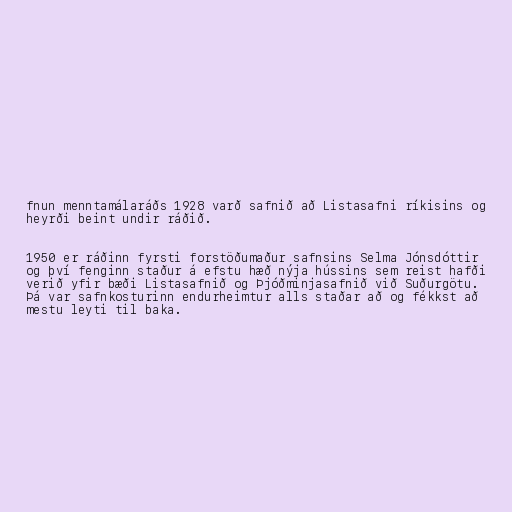
fnun menntamálaráðs 1928 varð safnið að Listasafni ríkisins og
heyrði beint undir ráðið.

1950 er ráðinn fyrsti forstöðumaður safnsins Selma Jónsdóttir
og því fenginn staður á efstu hæð nýja hússins sem reist hafði
verið yfir bæði Listasafnið og Þjóðminjasafnið við Suðurgötu.
Þá var safnkosturinn endurheimtur alls staðar að og fékkst að
mestu leyti til baka.